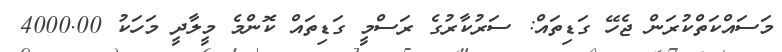
މަސައްކަތްކުރަން ޖެހޭ ގަޑިތައް: ސަރުކާރުގެ ރަސްމީ ގަޑިތައް ކޮންމެ މީލާދީ މަހަކު 4000.00